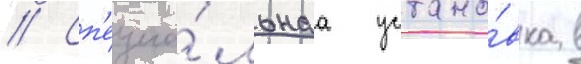
// Сп'ециа́льнаа устано́вка в